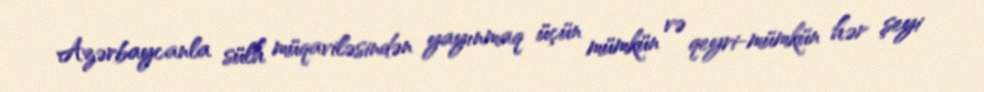
Azərbaycanla sülh müqaviləsindən yayınmaq üçün mümkün və qeyri-mümkün hər şeyi